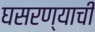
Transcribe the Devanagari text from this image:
घसरण्याची